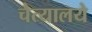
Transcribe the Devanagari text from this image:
चैत्यालये